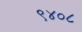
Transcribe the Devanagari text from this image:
९४०८